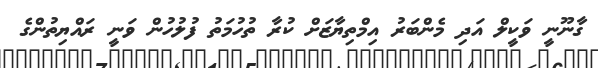
ގާނޫނީ ވަކީލް އަދި މެންބަރު އިމްތިޔާޒަށް ކުރާ ތުހުމަތު ފުލުހުން ވަނީ ރައްޔިތުންގެ